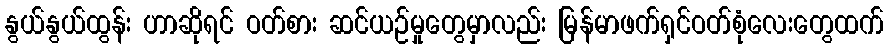
နွယ်နွယ်ထွန်း ဟာဆိုရင် ဝတ်စား ဆင်ယဉ်မှုတွေမှာလည်း မြန်မာဖက်ရှင်ဝတ်စုံလေးတွေထက်